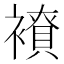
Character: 𧝭